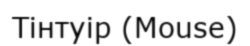
Тінтуір (Mouse)